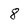
Character: 8